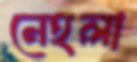
নেহলা